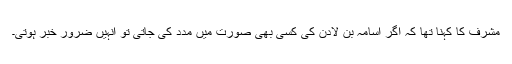
مشرف کا کہنا تھا کہ اگر اسامہ بن لادن کی کسی بھی صورت میں مدد کی جاتی تو انہیں ضرور خبر ہوتی۔